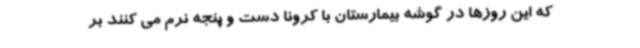
که این روزها در گوشه بیمارستان با کرونا دست و پنجه نرم می کنند بر